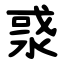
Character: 㳼